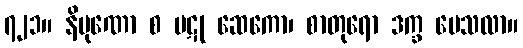
၇၂၁။ နိပုဏော စ ပဋု ဆေကော၊ စာတုရော ဒက္ခ ပေသလာ။